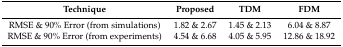
| Technique | Proposed | TDM | FDM |
 | --- | --- | --- | --- |
 | RMSE & 90% Error (from simulations) | 1.82 & 2.67 | 1.45 & 2.13 | 6.04 & 8.87 |
 | RMSE & 90% Error (from experiments) | 4.54 & 6.68 | 4.05 & 5.95 | 12.86 & 18.92 |